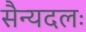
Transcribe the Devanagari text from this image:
सैन्यदलः